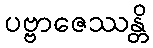
ပဗ္ဗာဇေဿန္တိ